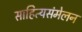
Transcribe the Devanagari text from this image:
साहित्यसंमेलन